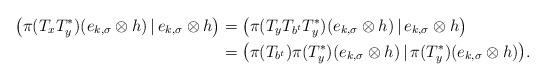
LaTeX: \begin{align*}\big(\pi(T_xT_y^*)(e_{k,\sigma}\otimes h)\,|\,e_{k,\sigma}\otimes h\big)&=\big(\pi(T_yT_{b^t}T_y^*)(e_{k,\sigma}\otimes h)\,|\,e_{k,\sigma}\otimes h\big)\\&=\big(\pi(T_{b^t})\pi(T_y^*)(e_{k,\sigma}\otimes h)\,|\,\pi(T_y^*)(e_{k,\sigma}\otimes h)\big).\end{align*}